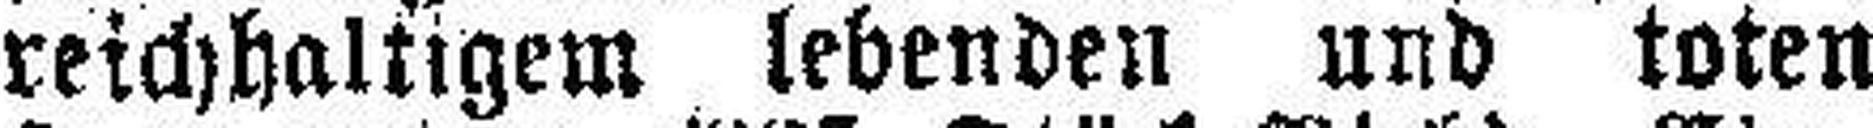
reichhaltigem lebenden und toten